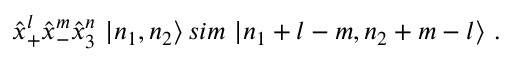
{ \hat { x } } _ { + } ^ { l } { \hat { x } } _ { - } ^ { m } { \hat { x } } _ { 3 } ^ { n } \ | n _ { 1 } , n _ { 2 } \rangle \, s i m \ | n _ { 1 } + l - m , n _ { 2 } + m - l \rangle \ .